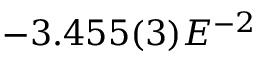
- 3 . 4 5 5 ( 3 ) E ^ { - 2 }